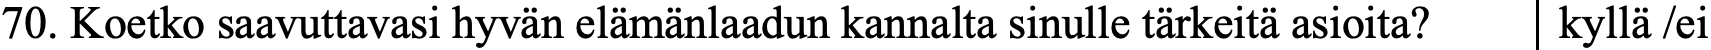
70. Koetko saavuttavasi hyvän elämänlaadun kannalta sinulle tärkeitä asioita? kyllä /ei